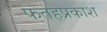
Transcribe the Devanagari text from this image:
फतहप्रकाश